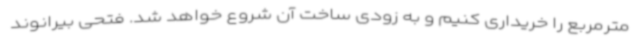
مترمربع را خریداری کنیم و به زودی ساخت آن شروع خواهد شد. فتحی بیرانوند